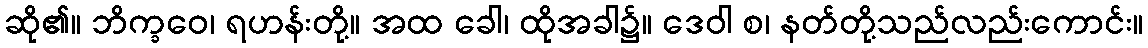
ဆို၏။ ဘိက္ခဝေ၊ ရဟန်းတို့။ အထ ခေါ၊ ထိုအခါ၌။ ဒေဝါ စ၊ နတ်တို့သည်လည်းကောင်း။